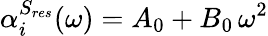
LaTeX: \alpha_{i}^{S_{res}}(\omega)=A_{0}+B_{0}\, \omega^{2}